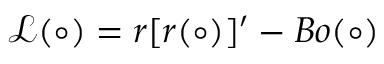
\mathcal { L } ( \circ ) = r [ r ( \circ ) ] ^ { \prime } - B o ( \circ )